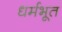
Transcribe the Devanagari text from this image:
धर्मभूत